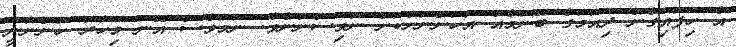
އެ ހިފައިގެން ދިއުމުގެ ބޭނުމެއް އަހަންނަށްކަށް ނުވިސްނުނެވެ. ނަމަވެސް އޭނަ މިހާރު ހުންނާނީ